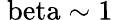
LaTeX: \mathrm{\ beta\sim 1}